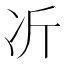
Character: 𫥁